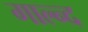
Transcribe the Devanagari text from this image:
गाल्न्द